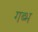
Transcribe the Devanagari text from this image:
गब्भ